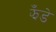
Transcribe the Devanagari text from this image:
झँडे